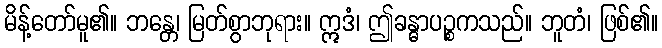
မိန့်တော်မူ၏။ ဘန္တေ၊ မြတ်စွာဘုရား။ ဣဒံ၊ ဤခန္ဓာပဉ္စကသည်။ ဘူတံ၊ ဖြစ်၏။